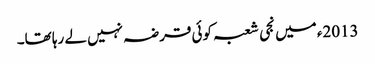
2013ء میں نجی شعبہ کوئی قرضہ نہیں لے رہا تھا۔